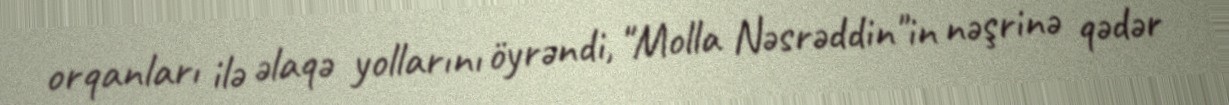
orqanları ilə əlaqə yollarını öyrəndi, "Molla Nəsrəddin"in nəşrinə qədər